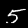
Label: 5